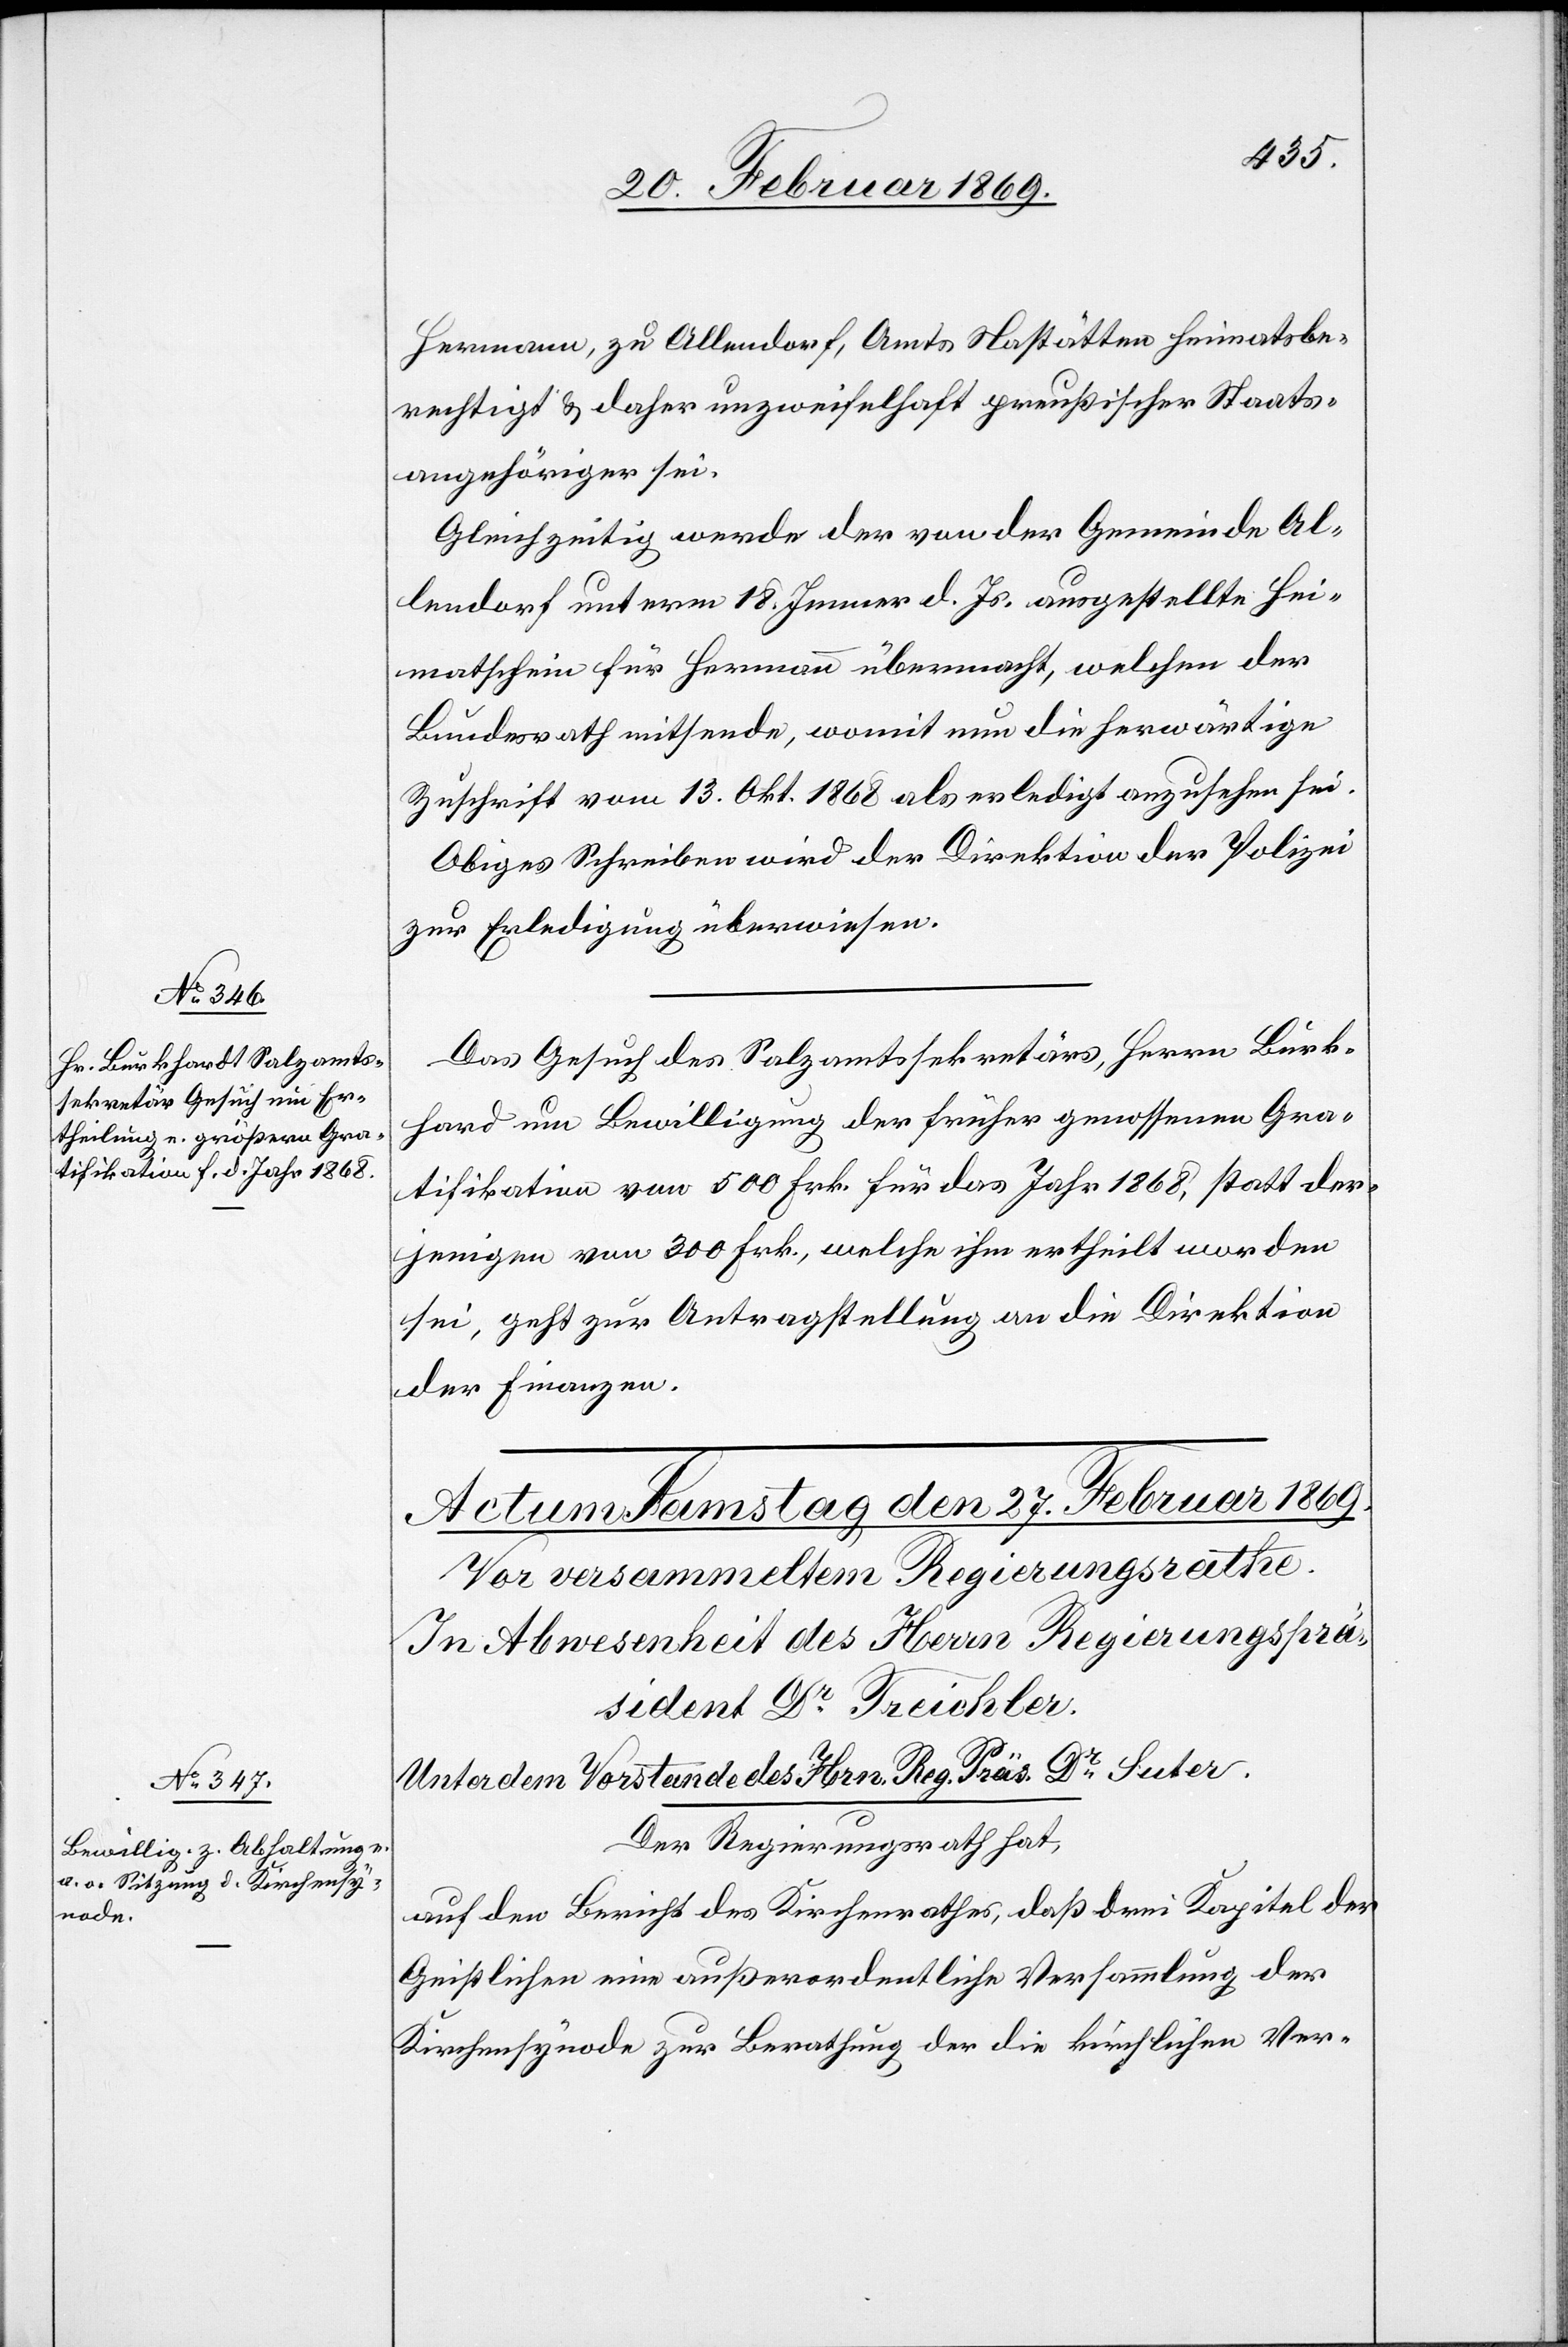
26. Februar 1869.]
Hermann, zu Allendorf, Amts Nastätten heimatsbe¬
rechtigt & daher unzweifelhaft preußischer Staats¬
angehöriger sei.
Gleichzeitig werde der von der Gemeinde Al¬
lendorf unterm 18. Jenner d. Js. ausgestellte Hei¬
matschein für Hermann übermacht, welchen der
Bundesrath mitsende, womit nun die herwärtige
Zuschrift vom 13. Okt. 1868 als erledigt anzusehen sei.
Obiges Schreiben wird der Direktion der Polizei
zur Erledigung überwiesen.
Das Gesuch des Salzamtssekretärs, Herrn Burk¬
hard [sic!] um Bewilligung der früher genossenen Gra¬
tifikation von 500 Frk. für das Jahr 1868, statt der¬
jenigen von 300 Frk., welche ihm ertheilt worden
sei, geht zur Antragstellung an die Direktion
der Finanzen.
Der Regierungsrath hat,
auf den Bericht des Kirchenrathes, daß drei Kapitel der
Geistlichen eine außerordentliche Versammlung der
Kirchensynode zur Berathung der die kirchlichen Ver-